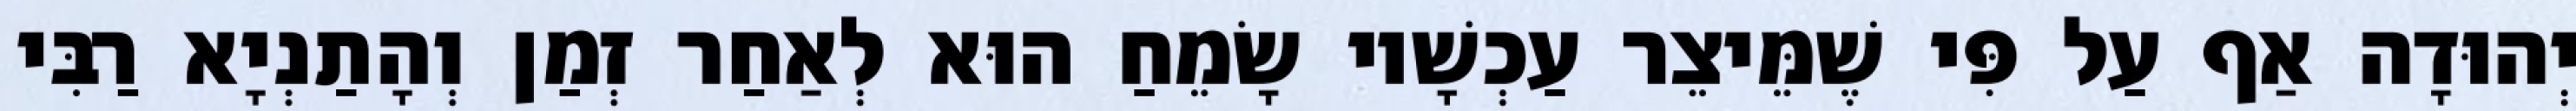
יְהוּדָה אַף עַל פִּי שֶׁמֵּיצֵר עַכְשָׁיו שָׂמֵחַ הוּא לְאַחַר זְמַן וְהָתַנְיָא רַבִּי